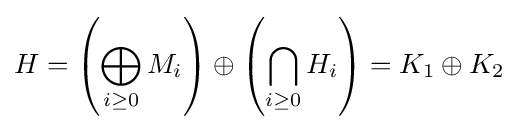
H=\left(\bigoplus _{i\geq 0}M_{i}\right)\oplus \left(\bigcap _{i\geq 0}H_{i}\right)=K_{1}\oplus K_{2}